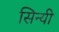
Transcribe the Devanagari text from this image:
सिन्यी